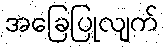
အခြေပြုလျက်